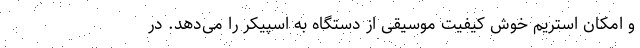
و امکان استریم خوش کیفیت موسیقی از دستگاه به اسپیکر را می‌دهد. در